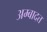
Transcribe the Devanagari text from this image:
अम्बादत्त